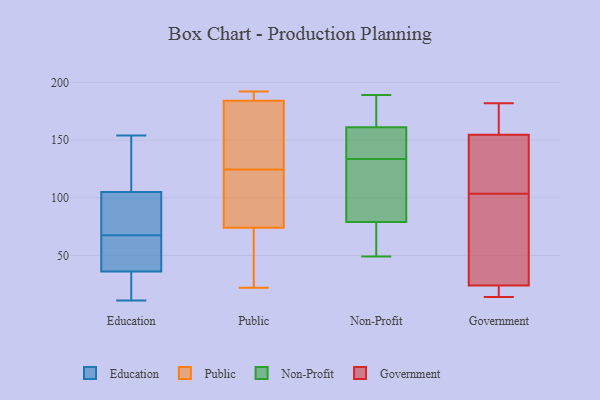
{"axis": {"x": "Humidity (%)", "y": "Value"}, "legend": ["Education", "Government", "Non-Profit", "Public"], "data": [{"x": "", "y": 30, "type": "Education"}, {"x": "", "y": 149, "type": "Education"}, {"x": "", "y": 105, "type": "Education"}, {"x": "", "y": 80, "type": "Education"}, {"x": "", "y": 86, "type": "Education"}, {"x": "", "y": 44, "type": "Education"}, {"x": "", "y": 47, "type": "Education"}, {"x": "", "y": 64, "type": "Education"}, {"x": "", "y": 105, "type": "Education"}, {"x": "", "y": 11, "type": "Education"}, {"x": "", "y": 36, "type": "Education"}, {"x": "", "y": 20, "type": "Education"}, {"x": "", "y": 32, "type": "Education"}, {"x": "", "y": 120, "type": "Education"}, {"x": "", "y": 154, "type": "Education"}, {"x": "", "y": 71, "type": "Education"}, {"x": "", "y": 96, "type": "Education"}, {"x": "", "y": 46, "type": "Education"}, {"x": "", "y": 192, "type": "Public"}, {"x": "", "y": 186, "type": "Public"}, {"x": "", "y": 133, "type": "Public"}, {"x": "", "y": 184, "type": "Public"}, {"x": "", "y": 143, "type": "Public"}, {"x": "", "y": 116, "type": "Public"}, {"x": "", "y": 105, "type": "Public"}, {"x": "", "y": 34, "type": "Public"}, {"x": "", "y": 163, "type": "Public"}, {"x": "", "y": 22, "type": "Public"}, {"x": "", "y": 184, "type": "Public"}, {"x": "", "y": 50, "type": "Public"}, {"x": "", "y": 98, "type": "Public"}, {"x": "", "y": 185, "type": "Public"}, {"x": "", "y": 30, "type": "Public"}, {"x": "", "y": 107, "type": "Public"}, {"x": "", "y": 189, "type": "Non-Profit"}, {"x": "", "y": 56, "type": "Non-Profit"}, {"x": "", "y": 124, "type": "Non-Profit"}, {"x": "", "y": 102, "type": "Non-Profit"}, {"x": "", "y": 166, "type": "Non-Profit"}, {"x": "", "y": 98, "type": "Non-Profit"}, {"x": "", "y": 183, "type": "Non-Profit"}, {"x": "", "y": 140, "type": "Non-Profit"}, {"x": "", "y": 170, "type": "Non-Profit"}, {"x": "", "y": 49, "type": "Non-Profit"}, {"x": "", "y": 156, "type": "Non-Profit"}, {"x": "", "y": 152, "type": "Non-Profit"}, {"x": "", "y": 60, "type": "Non-Profit"}, {"x": "", "y": 127, "type": "Non-Profit"}, {"x": "", "y": 52, "type": "Non-Profit"}, {"x": "", "y": 155, "type": "Non-Profit"}, {"x": "", "y": 182, "type": "Government"}, {"x": "", "y": 170, "type": "Government"}, {"x": "", "y": 95, "type": "Government"}, {"x": "", "y": 16, "type": "Government"}, {"x": "", "y": 126, "type": "Government"}, {"x": "", "y": 103, "type": "Government"}, {"x": "", "y": 14, "type": "Government"}, {"x": "", "y": 151, "type": "Government"}, {"x": "", "y": 104, "type": "Government"}, {"x": "", "y": 158, "type": "Government"}, {"x": "", "y": 15, "type": "Government"}, {"x": "", "y": 80, "type": "Government"}, {"x": "", "y": 170, "type": "Government"}, {"x": "", "y": 30, "type": "Government"}, {"x": "", "y": 18, "type": "Government"}, {"x": "", "y": 140, "type": "Government"}]}